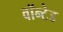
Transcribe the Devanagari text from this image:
वॉन्टेड